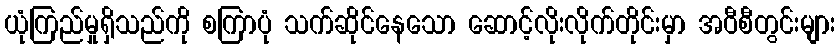
ယုံကြည်မှုရှိသည်ကို စကြာပုံ သက်ဆိုင်နေသော ဆောင့်လိုးလိုက်တိုင်းမှာ အဝီစီတွင်းများ